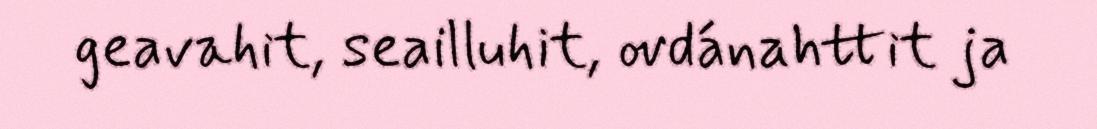
geavahit, seailluhit, ovdánahttit ja